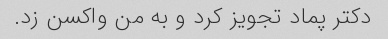
دکتر پماد تجویز کرد و به من واکسن زد.